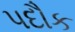
પદૌક